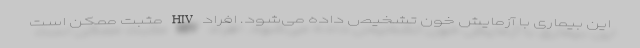
این بیماری با آزمایش خون تشخیص داده می‌شود. افراد HIV مثبت ممکن است